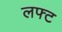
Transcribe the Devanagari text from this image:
लफ्ट